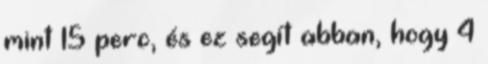
mint 15 perc, és ez segít abban, hogy 4